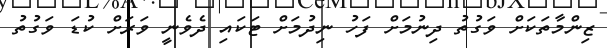
ޒިންމާތަކަށް ވަގުތު ދިނުމަށް ފަހު ނިދުމަށް ޓަކައި ދެވެނީ ވަރަށް ކުޑަ ވަގުތު